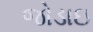
જોડાઇ